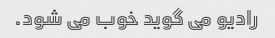
رادیو می گوید خوب می شود.